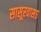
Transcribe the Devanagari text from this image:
सासूरवास५